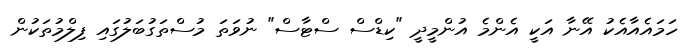
ހަމައެއާއެކު އޭނާ އަކީ އެންމެ އުންމީދީ "ކިޑްސް ސްޓާސް" ނުވަތަ މުސްތަގުބަލުގައި ފިލްމުތަކުން